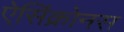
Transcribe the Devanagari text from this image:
ऐसिंक्रोनस